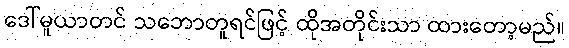
ဒေါ်မူယာတင် သဘောတူရင်ဖြင့် ထိုအတိုင်းသာ ထားတော့မည်။